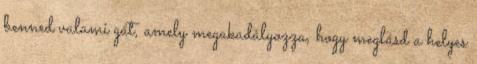
benned valami gát, amely megakadályozza, hogy meglásd a helyes